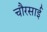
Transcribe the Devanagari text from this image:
चौरसाई